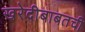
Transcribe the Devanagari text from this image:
खरेदीबाबतची